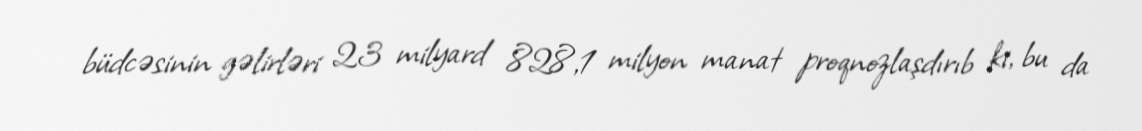
büdcəsinin gəlirləri 23 milyard 828,1 milyon manat proqnozlaşdırıb ki, bu da